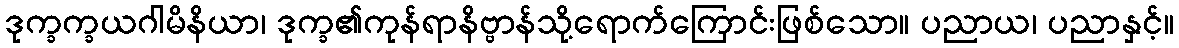
ဒုက္ခက္ခယဂါမိနိယာ၊ ဒုက္ခ၏ကုန်ရာနိဗ္ဗာန်သို့ရောက်ကြောင်းဖြစ်သော။ ပညာယ၊ ပညာနှင့်။